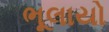
ભૂલાયો